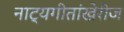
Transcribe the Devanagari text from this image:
नाट्यगीतांखेरीज